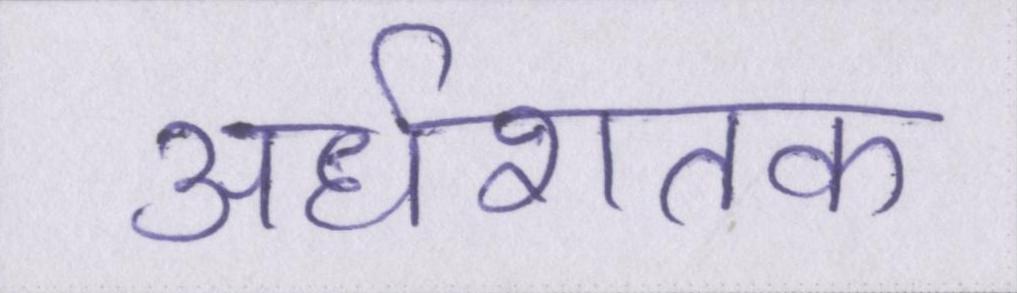
अर्धशतक